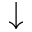
\downarrow